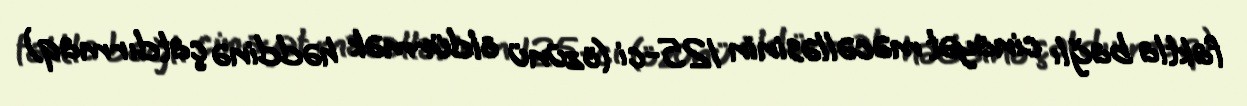
faktla bağlı cinayət məcəlləsinin 125-ci (özünü öldürmək həddinə çatdırmaq)